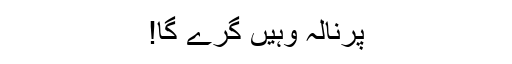
پرنالہ وہیں گرے گا!